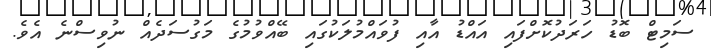
ސަމިޓް ބޮޑު ހަރަދުކޮށްފައި އައްޑު އާއި ފުވައްމުލަކުގައި ބޭއްވުމުގެ މަގުސަދެއް ނުވިސްނެ އެވެ.